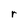
Character: r